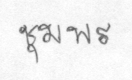
ชุมพร